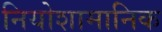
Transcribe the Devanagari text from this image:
नियोशामानिक